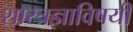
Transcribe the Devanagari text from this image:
शास्त्रज्ञाविषयी